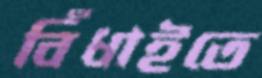
বিঁধাইতে